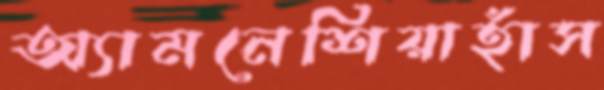
অ্যামনেশিয়াহাঁস